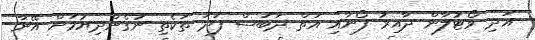
އަދި ވޯޓުލާން ދާއިރު ފޯނާއި އަތް ދަބަސް ފަދަ ތަކެތި ނުގެންދިޔުމަށް އޭނާ